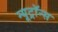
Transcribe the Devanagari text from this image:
न्यूट्रॉन्स